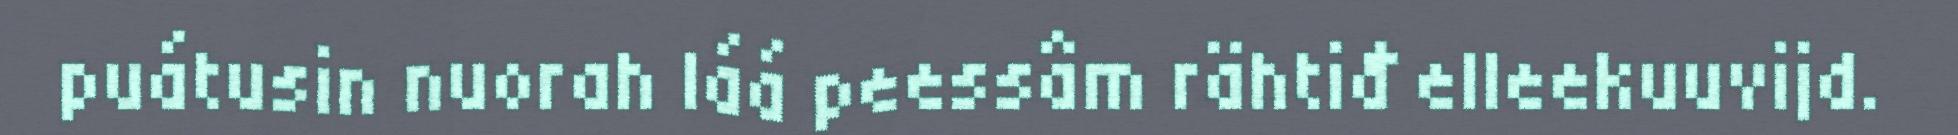
puátusin nuorah láá peessâm rähtiđ elleekuuvijd.